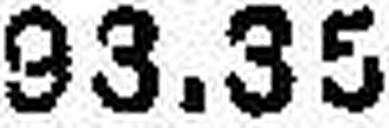
93.35